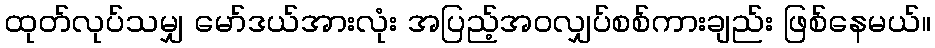
ထုတ်လုပ်သမျှ မော်ဒယ်အားလုံး အပြည့်အဝလျှပ်စစ်ကားချည်း ဖြစ်နေမယ်။